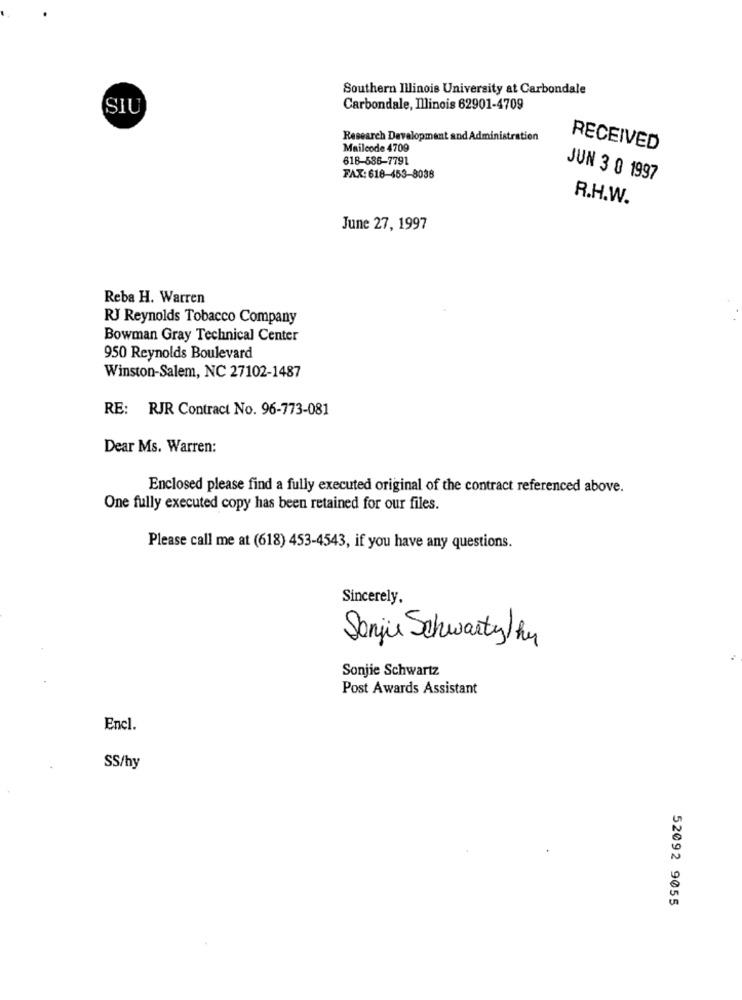
Southern Illinois University at Carbondale
SIU
Carbondale, Illinois 62901-4709
Research Development and Administration
Mailcode 4709
RECEIVED
618-586-7791
FAX: 618-453-8038
JUN 3 0 1997
R.H.W.
June 27, 1997
Reba H. Warren
RJ Reynolds Tobacco Company
Bowman Gray Technical Center
950 Reynolds Boulevard
Winston-Salem, NC 27102-1487
RE: RJR Contract No. 96-773-081
Dear Ms. Warren:
Enclosed please find a fully executed original of the contract referenced above.
One fully executed copy has been retained for our files.
Please call me at (618) 453-4543, if you have any questions.
Sincerely,
Sanjie Schwarty hu
Sonjie Schwartz
Post Awards Assistant
Encl.
SS/hy
52092 9055